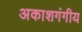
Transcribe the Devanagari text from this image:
अकाशगंगीय